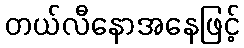
တယ်လီနောအနေဖြင့်